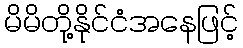
မိမိတို့နိုင်ငံအနေဖြင့်